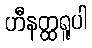
ဟီနတ္ထရူပါ